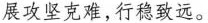
展攻坚克难，行稳致远。